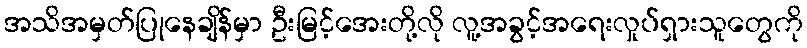
အသိအမှတ်ပြုနေချိန်မှာ ဦးမြင့်အေးတို့လို လူ့အခွင့်အရေးလှုပ်ရှားသူတွေကို